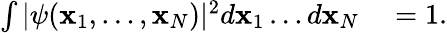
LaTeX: \begin{array}{rl}{\int|\psi(\mathbf{x}_{1},\ldots,\mathbf{x}_{N})|^{2}d\mathbf{x}_{1}\ldots{}d\mathbf{x}_{N}}&{{}=1.}\end{array}